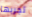
تجربها